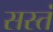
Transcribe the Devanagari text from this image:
सस्तं